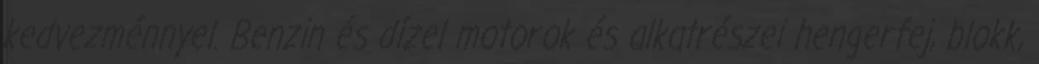
kedvezménnyel. Benzin és dízel motorok és alkatrészei hengerfej, blokk,